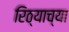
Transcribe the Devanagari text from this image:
रिठ्याच्या